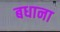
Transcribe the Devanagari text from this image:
बधाना